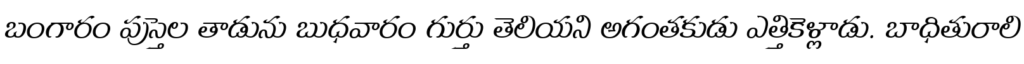
బంగారం పుస్తెల తాడును బుధవారం గుర్తు తెలియని అగంతకుడు ఎత్తికెళ్లాడు. బాధితురాలి